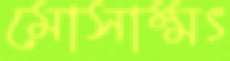
মোসাম্মৎ